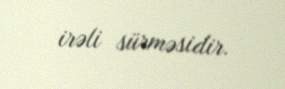
irəli sürməsidir.